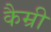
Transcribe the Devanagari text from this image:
कैम्री